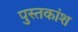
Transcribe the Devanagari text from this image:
पुस्तकांश